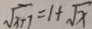
\sqrt { x + 1 } = 1 + \sqrt { x }